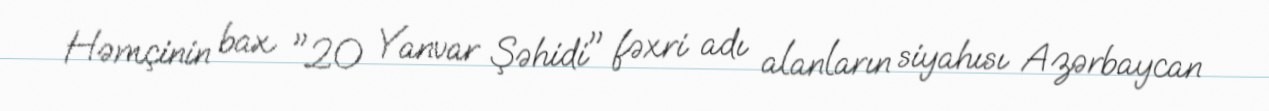
Həmçinin bax "20 Yanvar Şəhidi" fəxri adı alanların siyahısı Azərbaycan